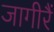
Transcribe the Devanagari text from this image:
जागीरैं